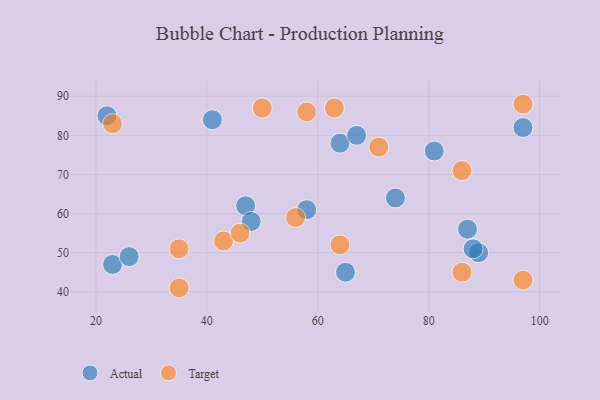
{"axis": {"x": "GDP", "y": "Life Expectancy"}, "legend": ["Actual", "Target"], "data": [{"x": "47", "y": 62, "type": "Actual"}, {"x": "87", "y": 56, "type": "Actual"}, {"x": "64", "y": 78, "type": "Actual"}, {"x": "48", "y": 58, "type": "Actual"}, {"x": "89", "y": 50, "type": "Actual"}, {"x": "41", "y": 84, "type": "Actual"}, {"x": "23", "y": 47, "type": "Actual"}, {"x": "65", "y": 45, "type": "Actual"}, {"x": "74", "y": 64, "type": "Actual"}, {"x": "22", "y": 85, "type": "Actual"}, {"x": "97", "y": 82, "type": "Actual"}, {"x": "26", "y": 49, "type": "Actual"}, {"x": "67", "y": 80, "type": "Actual"}, {"x": "88", "y": 51, "type": "Actual"}, {"x": "81", "y": 76, "type": "Actual"}, {"x": "58", "y": 61, "type": "Actual"}, {"x": "23", "y": 83, "type": "Target"}, {"x": "97", "y": 88, "type": "Target"}, {"x": "35", "y": 41, "type": "Target"}, {"x": "43", "y": 53, "type": "Target"}, {"x": "64", "y": 52, "type": "Target"}, {"x": "97", "y": 43, "type": "Target"}, {"x": "50", "y": 87, "type": "Target"}, {"x": "71", "y": 77, "type": "Target"}, {"x": "63", "y": 87, "type": "Target"}, {"x": "56", "y": 59, "type": "Target"}, {"x": "86", "y": 71, "type": "Target"}, {"x": "86", "y": 45, "type": "Target"}, {"x": "58", "y": 86, "type": "Target"}, {"x": "46", "y": 55, "type": "Target"}, {"x": "35", "y": 51, "type": "Target"}]}